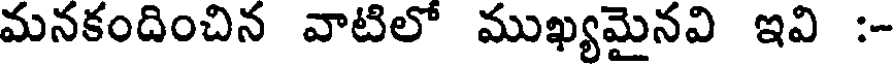
మనకందించిన వాటిలో ముఖ్యమైనవి ఇవి :-